Insane asylums in Bengal annual reports 1867-1875 - 1867-1875
Year: 1867
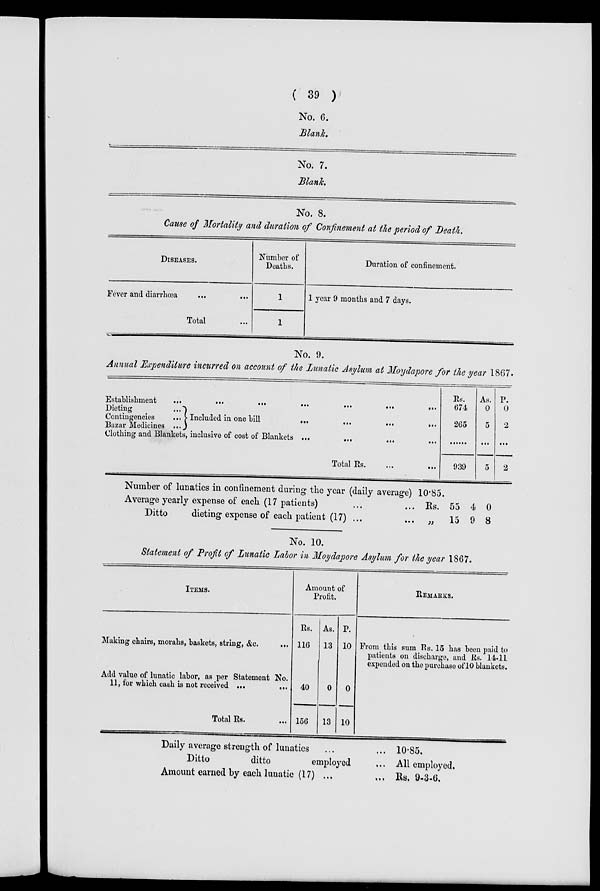
( 39 )
No. 6.
Blank.
No. 7.
Blank.
No. 8.
Cause of Mortality and duration of Confinement at the period of Death.
DISEASES.
Fever and diarrhœa
... ...
Total ...
Number of
Deaths.
1
1
Duration of confinement.
1 year 9 months and 7 days.
No. 9.
Annual Expenditure incurred on account of the Lunatic Asylum at Moydapore for the year 1867.
Establishment
...
...
...
...
...
...
...
Dieting ...
Contingencies
...
Bazar Medicines ...
Included in one bill
...
...
...
...
Clothing and Blankets, inclusive of cost of Blankets ...
...
...
...
Total Rs. ... ...
Rs.
674
265
......
939
As.
0
5
...
5
P.
0
2
...
2
Number of lunatics in confinement during the year (daily average) 10.85.
Average yearly expense of each (17 patients) ... ...
Ditto
dieting expense of each patient (17) ...
Rs.
„
55
15
4
9
0
8
No. 10.
Statement of Profit of Lunatic Labor in Moydapore Asylum for the year 1867.
ITEMS.
Making chairs, morahs, baskets, string, &c.
...
Add value of lunatic labor, as per Statement No.
11, for which cash is not received ...
...
Total Rs. ...
Amount of
Profit.
Rs.
116
40
156
As.
13
0
13
P.
10
0
10
REMARKS.
From this sum Rs. 15 has been paid to
patients on discharge, and Rs. 14-11
expended on the purchase of 10 blankets.
Daily average strength of lunatics ... ...
Ditto
ditto
employed ...
Amount earned by each lunatic (17) ... ...
10.85.
All employed.
Rs. 9-3-6.